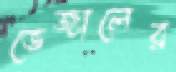
ভেজালের